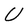
Character: U